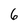
Character: 6